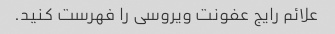
علائم رایج عفونت ویروسی را فهرست کنید.